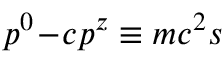
p ^ { 0 } \! - \! c p ^ { z } \equiv m c ^ { 2 } s